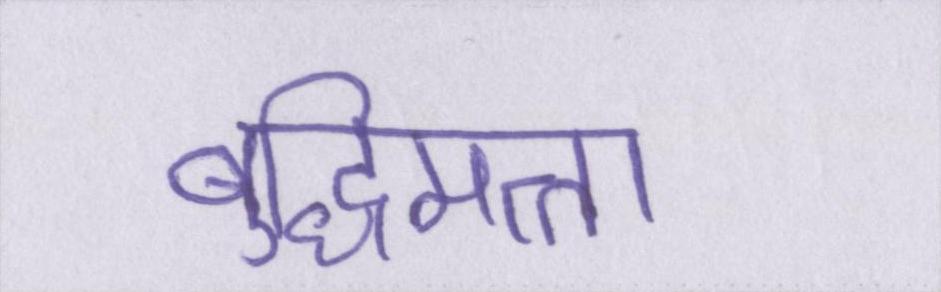
बुद्धिमत्ता